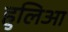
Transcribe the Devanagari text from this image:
हुलिआ